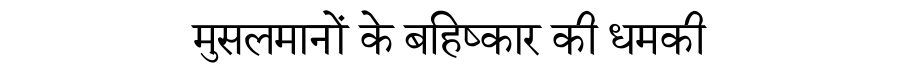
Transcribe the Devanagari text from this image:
मुसलमानों के बहिष्कार की धमकी